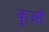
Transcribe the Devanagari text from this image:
कुऔ